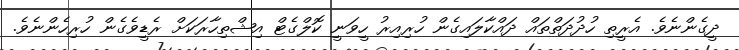
ދީގެންނެވެ. އެރީތި ހުދުދަތްތައް ދައްކާލައިގެން ހުރިއިރު ހީވަނީ ކޮލްގެޓް އިޝްތިހާރަކަށް ރެޑީވެގެން ހުރިހެންނެވެ.